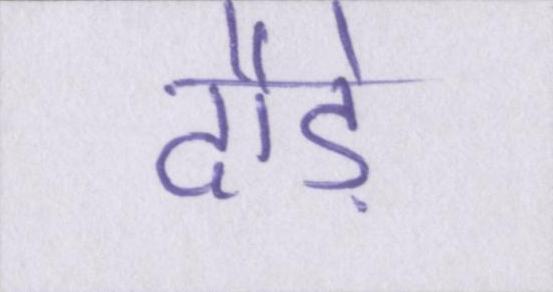
दौड़े